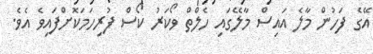
އޭގެ ފަހުން މާލެ އައިސް މާލޭގައި ހެލްތް ވޯކަރު ކޯސް ފުރިހަަމަކޮށްފައިވެ އެވެ.